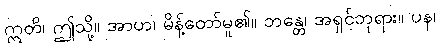
ဣတိ၊ ဤသို့။ အာဟ၊ မိန့်တော်မူ၏။ ဘန္တေ၊ အရှင်ဘုရား။ ပန၊